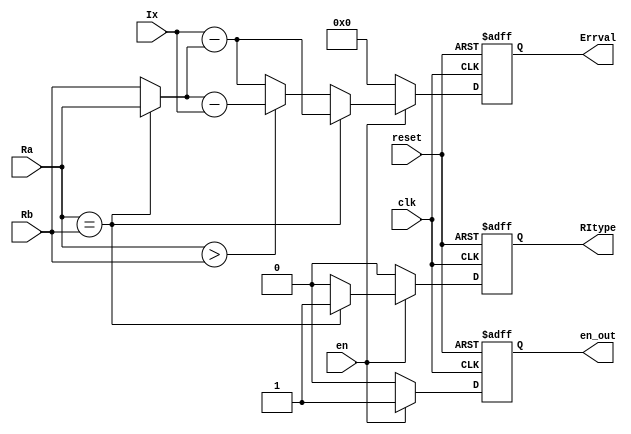
module run_error(clk,en,reset,
                 Ra,Rb,Ix,
					  Errval,RItype,en_out);
input clk,en,reset;
//input [1:0] mode;
input signed [8:0] Ra,Rb,Ix;
output signed [8:0] Errval;
output RItype;
output en_out;

reg signed [8:0] Errval;
reg RItype;
reg en_out;


wire [8:0] Px;

assign Px=(Ra==Rb)?Ra:Rb;

always@(posedge clk or negedge reset)
if(!reset)
begin
Errval<=0;
RItype<=0;
en_out<=0;
end
else if(en)
 begin
  en_out<=1;
  if(Ra==Rb)  begin
      RItype<=1;
	   Errval<=Ix-Px;
	 end
   else  
	 begin
      RItype<=0;
	 
	   if(Ra>Rb) Errval<=Px-Ix;
	   else Errval<=Ix-Px;
	 end
 end
 else begin
       Errval<=0;
       RItype<=0;
       en_out<=0;
      end  
endmodule